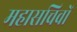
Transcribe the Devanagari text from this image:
महासचिवों